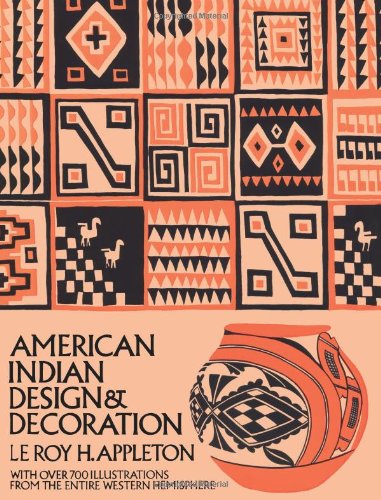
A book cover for American Indian Design and Decoration (Dover Pictorial Archive); Le Roy H. Appleton; Arts & Photography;